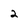
Character: 2